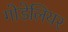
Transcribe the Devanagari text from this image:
गोडेलियर